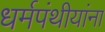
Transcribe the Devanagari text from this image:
धर्मपंथीयांना